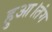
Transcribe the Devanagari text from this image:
हुआ।तंग